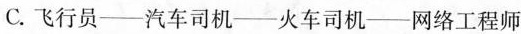
C.飞行员——汽车司机——火车司机——网络工程师